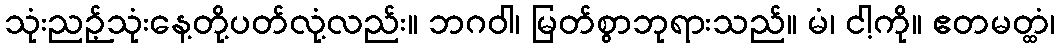
သုံးညဉ့်သုံးနေ့တို့ပတ်လုံ့လည်း။ ဘဂဝါ၊ မြတ်စွာဘုရားသည်။ မံ၊ ငါ့ကို။ ဧတမတ္ထံ၊